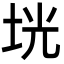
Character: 垙